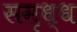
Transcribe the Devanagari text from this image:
समृध्ध